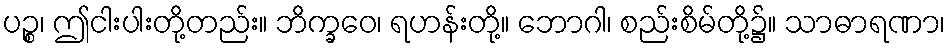
ပဉ္စ၊ ဤငါးပါးတို့တည်း။ ဘိက္ခဝေ၊ ရဟန်းတို့။ ဘောဂါ၊ စည်းစိမ်တို့၌။ သာဓာရဏာ၊